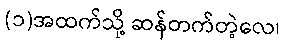
(၁)အထက်သို့ ဆန်တက်တဲ့လေ၊